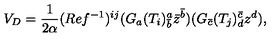
V _ { D } = \frac { 1 } { 2 \alpha } ( R e f ^ { - 1 } ) ^ { i j } ( G _ { a } ( T _ { i } ) _ { \bar { b } } ^ { a } \bar { z } ^ { \bar { b } } ) ( G _ { \bar { c } } ( T _ { j } ) _ { d } ^ { \bar { c } } z ^ { d } ) ,